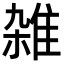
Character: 雑